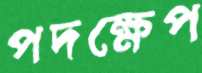
পদক্ষেপ